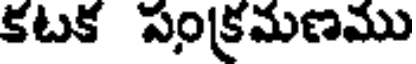
కటక సంక్రమణము